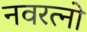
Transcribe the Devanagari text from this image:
नवरत्नो